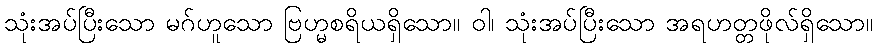
သုံးအပ်ပြီးသော မဂ်ဟူသော ဗြဟ္မစရိယရှိသော။ ဝါ၊ သုံးအပ်ပြီးသော အရဟတ္တဖိုလ်ရှိသော။